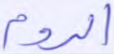
الروم